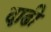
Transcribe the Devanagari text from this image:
द़ाढी